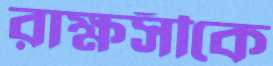
রাক্ষসীকে